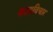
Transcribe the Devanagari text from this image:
कलाविचार